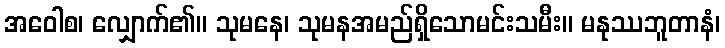
အဝေါစ၊ လျှောက်၏။ သုမနေ၊ သုမနအမည်ရှိသောမင်းသမီး။ မနုဿဘူတာနံ၊